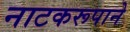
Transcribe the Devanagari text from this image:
नाटकरूपाने